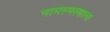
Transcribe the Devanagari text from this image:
नामस्मरणाला